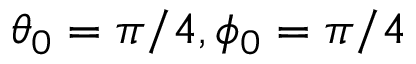
\theta _ { 0 } = \pi / 4 , \phi _ { 0 } = \pi / 4